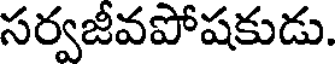
సర్వజీవపోషకుడు.